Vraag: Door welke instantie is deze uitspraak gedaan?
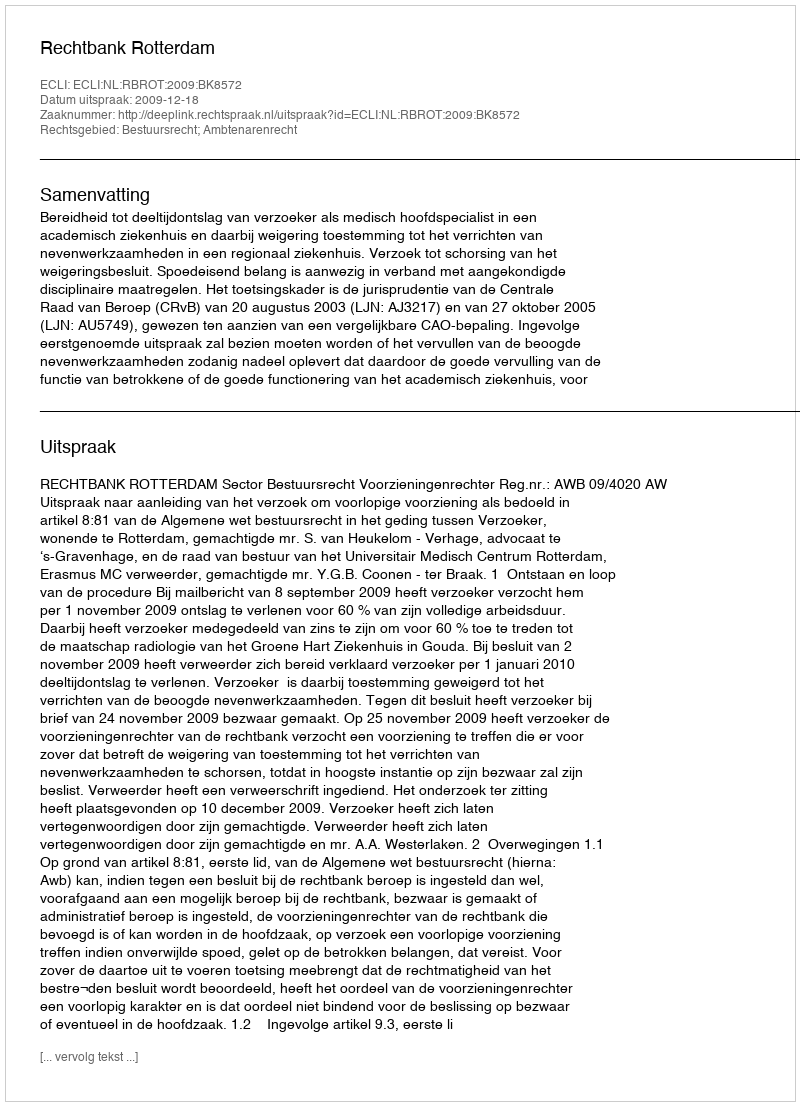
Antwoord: Rechtbank Rotterdam